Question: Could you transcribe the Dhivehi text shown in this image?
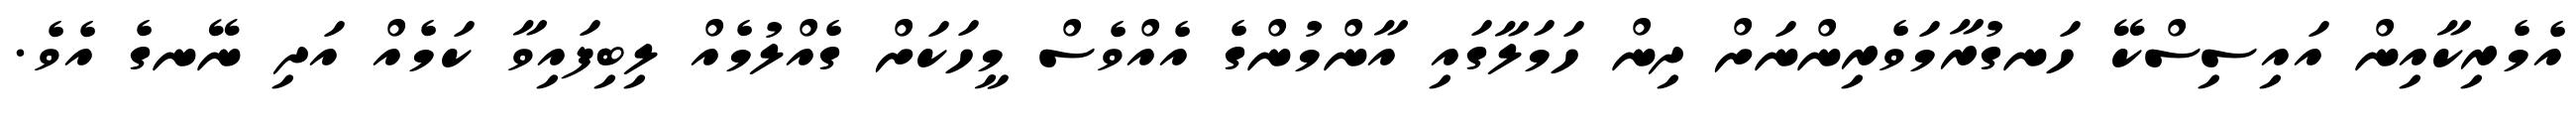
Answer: އެމެރިކާއިން އައިސިސްކޭ ހަނގުރާމަވެރިންނަށް ދިން ހަމަލާގައި އާންމުންގެ އެއްވެސް މީހަކަށް ގެއްލުމެއް ލިބިފައިވާ ކަމެއް އަދި ނޭނގެ އެވެ.